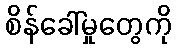
စိန်ခေါ်မှုတွေကို